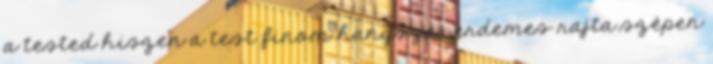
a tested hiszen a test finom hangszer,érdemes rajta szépen